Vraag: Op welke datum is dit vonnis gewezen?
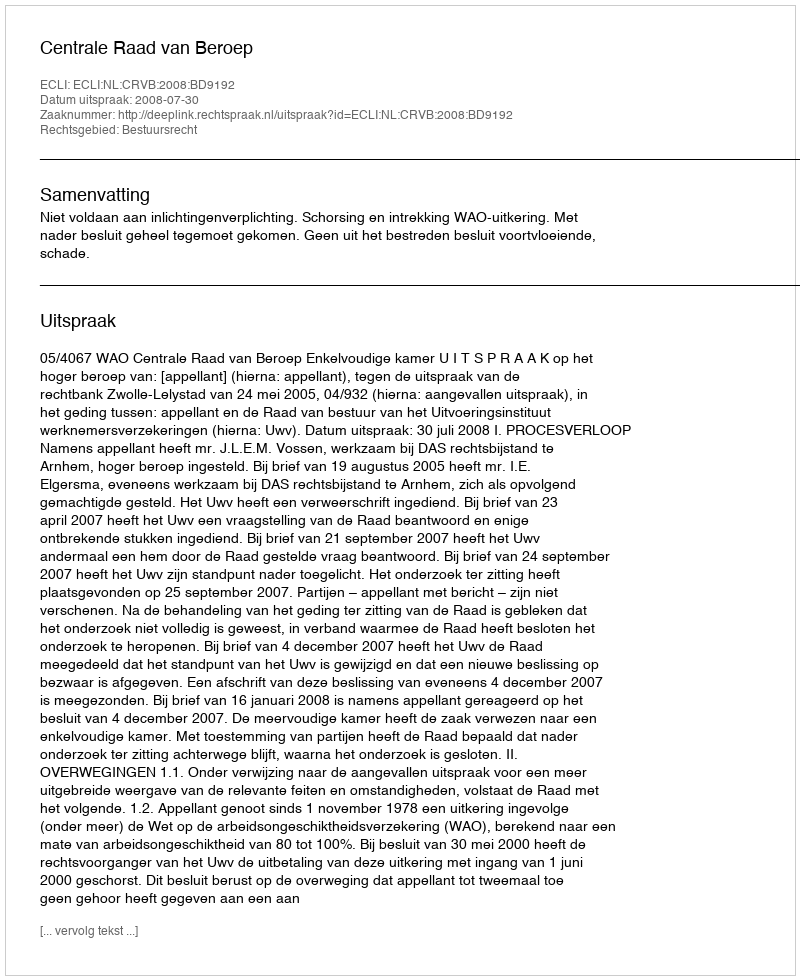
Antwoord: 2008-07-30